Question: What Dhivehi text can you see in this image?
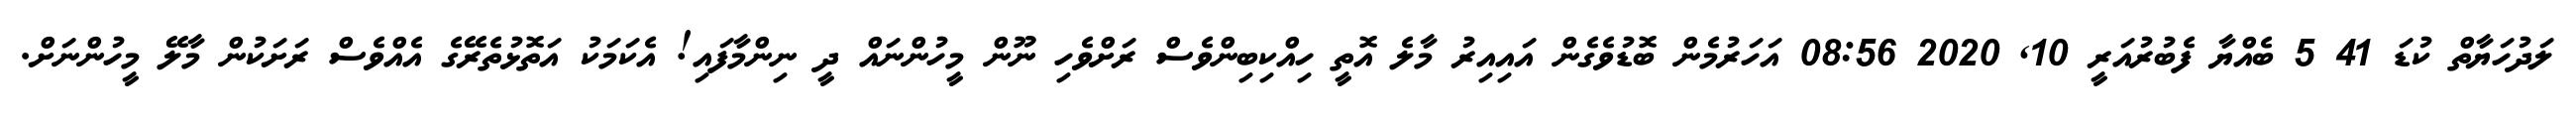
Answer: ލަދުހަޔާތް ކުޑަ 41 5 ބެއްޔާ ފެބުރުއަރީ 10, 2020 08:56 އަހަރުމެން ބޮޑުވެގެން އައިއިރު މާލެ އޮތީ ހިއްކިބިންވެސް ރަށްވެހި ނޫން މީހުންނައް ދީ ނިންމާފައި! އެކަމަކު އަތޮޅުތެރޭގެ އެއްވެސް ރަށަކުން މާލޭ މީހުންނަށް.